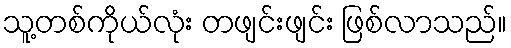
သူ့တစ်ကိုယ်လုံး တဖျင်းဖျင်း ဖြစ်လာသည်။